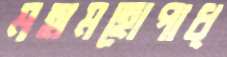
মহামহোপাধ্